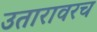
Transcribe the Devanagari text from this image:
उतारावरच